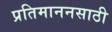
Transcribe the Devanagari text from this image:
प्रतिमाननसाठी